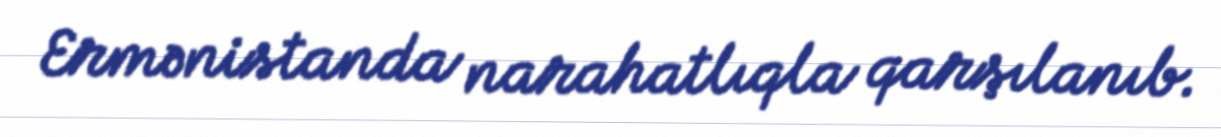
Ermənistanda narahatlıqla qarşılanıb.